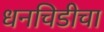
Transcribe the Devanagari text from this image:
धनचिडीचा